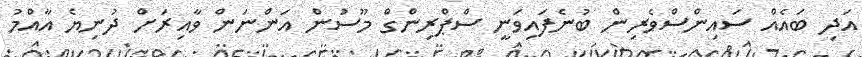
އަދި ބައެއް ސައިންސްވެރިން ބުނެފައިވަނީ ސްޕްރިންގް މޫސުން އަންނަން ވާއިރަށް ދުނިޔެ އާއްމު